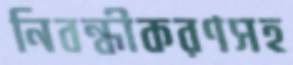
নিবন্ধীকরণসহ